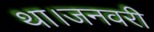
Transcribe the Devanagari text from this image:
था।जनवरी